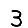
Digit: 3